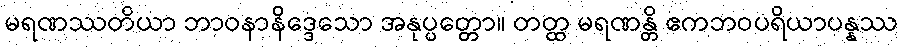
မရဏဿတိယာ ဘာဝနာနိဒ္ဒေသော အနုပ္ပတ္တော။ တတ္ထ မရဏန္တိ ဧကဘဝပရိယာပန္နဿ